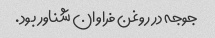
جوجه در روغن فراوان شناور بود.